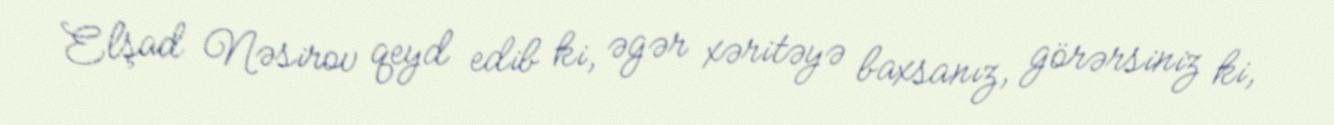
Elşad Nəsirov qeyd edib ki, əgər xəritəyə baxsanız, görərsiniz ki,